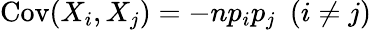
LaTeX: \operatorname{Cov}(X_{i},X_{j})=-np_{i}p_{j}~~(i\neq j)